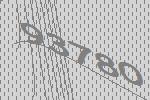
93780